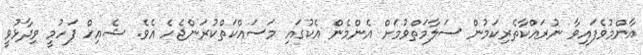
އާންމުވެފައިވާ ނުރައްކާތެރިކަމުން ސަލާމަތްވުމަށް އެންމެން އެކުގައި މަސައްކަތްކުރަންޖެހެ އެވެ. ޝެއިހް ފަހުމީ ވިދާޅުވީ